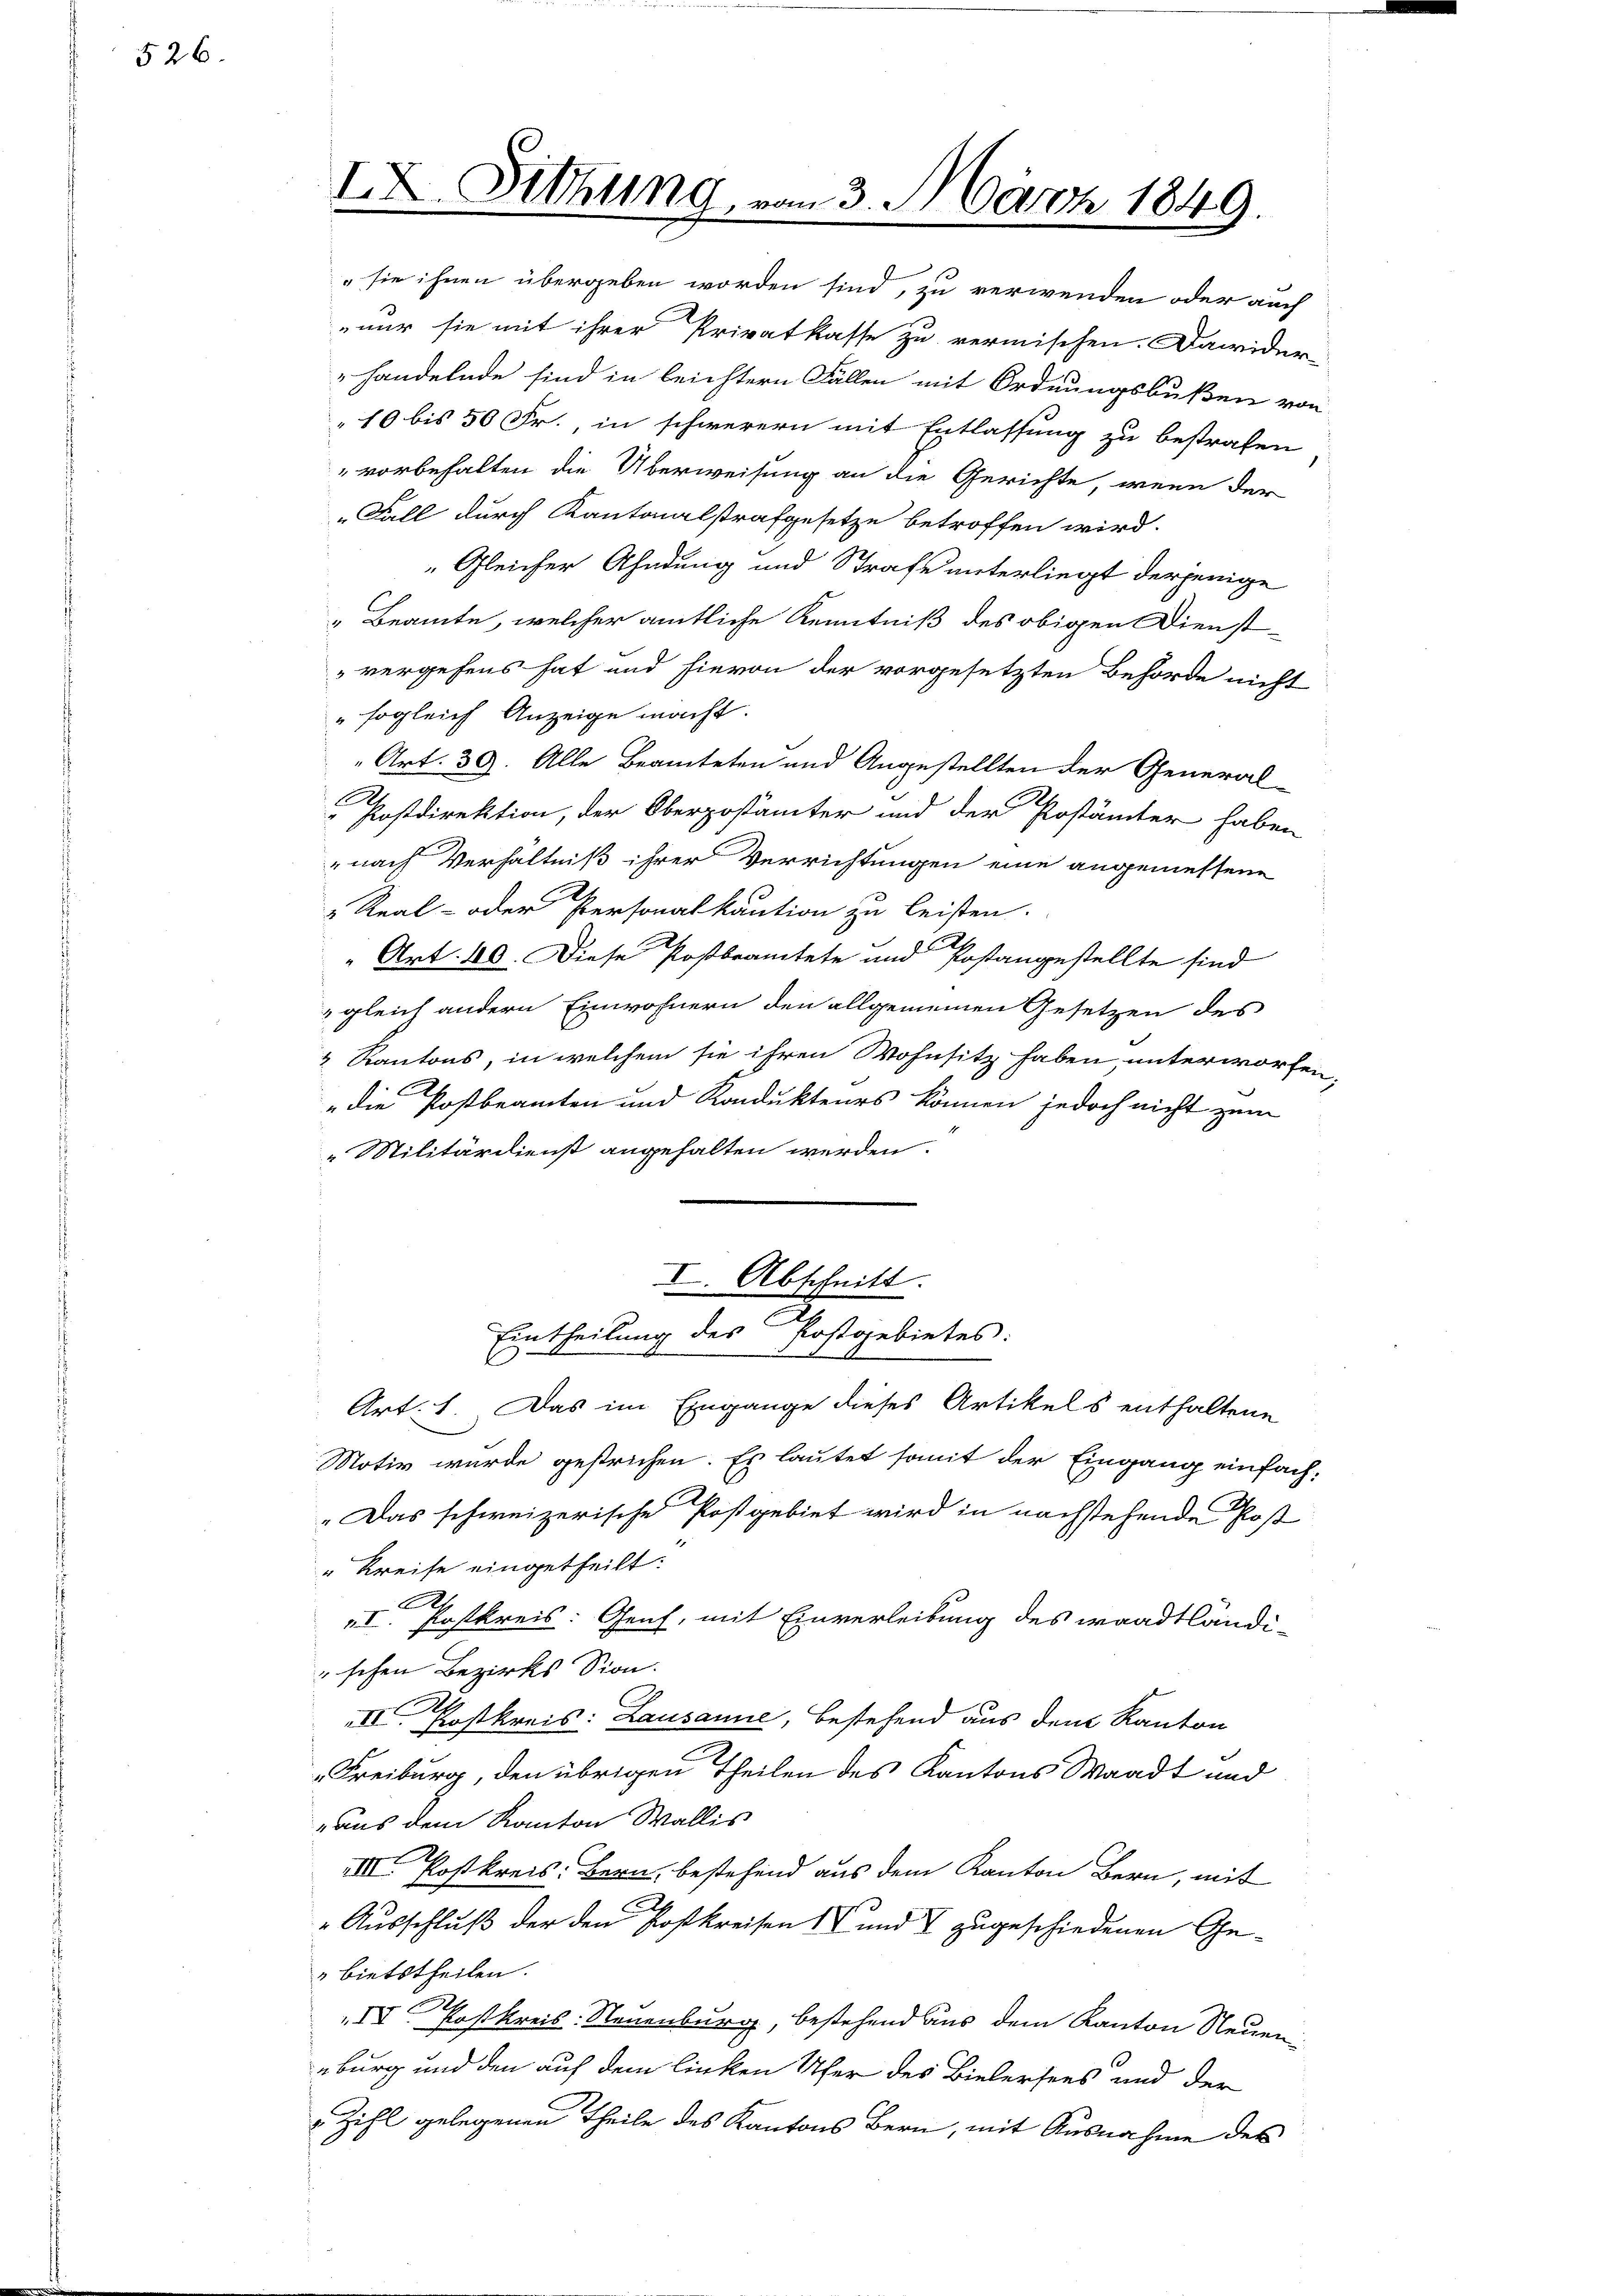
526.

IX. Sitzung

am 3. März 1849.

sie ihnen übergeben worden sind, zu verwenden oder auch
nur sie mit ihrer Privatkasse zu vermischen. Dawider-
handelnde sind in leichtern Fällen mit Ordnungsbußen von
10 bis 50 Fr., in schwerern mit Entlassung zu bestrafen
" vorbehalten die Überweisung an die Gerichte, wenn der
„Fall durch Kantonalstrafgesetze betroffen wird.
"Gleicher Ahndung und Strafe unterliegt derjenige
„Beamte, welcher amtliche Kenntniß des obigen Dienst-
vergehens hat und hievon der vorgesetzten Behörde nicht
" sogleich Anzeige macht.
Art. 39. Alle Beamteten und Angestellten der General-
Postdirektion, der Oberpostämter und der Postämter haben
nach Verhältniß ihrer Verrichtungen eine angemessene
" Real- oder Personalkaution zu leisten.
Art. 40. Diese Postbrantete und Postangestellte sind
 gleich andern Einwohnern den allgemeinen Gesetzen des
2 Kantons, in welchem sie ihren Wohnsitz haben, unterworfen,
„die Postbeamten und Kondukteurs können jedoch nicht zum
Militärdienst angehalten werden.
I. Abschnitt.
Eintheilung des Postgebietes:

Art. 1. Das im Eingange dieses Artikels enthaltene
Motiv wurde gestrichen. Es lautet somit der Eingang einfach¬
„Das schweizerische Postgebiet wird in nachstehende Post
" Kreise eingetheilt:
A
I. Postkreis: Genf, mit Einverleibung des waadtländi-
schen Bezirks Sion.
II Postkreis: Lausanne, bestehend aus dem Kanton
Freiburg, den übrigen Theilen des Kantons Waadt und
„aus dem Kanton Wallis
VIII. Postkreis: Bern, bestehend aus dem Kanton Bern, mit
Ausschluß der den Postkreisen 1 und 7 zugeschiedenen Gebietstheilen.
.
IV Postkreis: Neuenburg, bestehend aus dem Kanton Neuen
burg und den auf dem linken Ufer des Bielersees und der
" Zihl gelegenen Theile des Kantons Bern, mit Ausnahme des